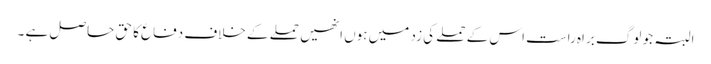
البتہ جو لوگ براہِ راست اس کے حملے کی زد میں ہوں انھیں حملے کے خلاف دفاع کا حق حاصل ہے ۔